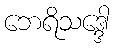
ဘေရိသဒ္ဒေါ